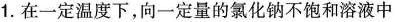
1.在一定温度下，向一定量的氯化钠不饱和溶液中